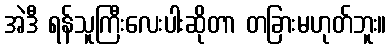
အဲဒီ ရန်သူကြီးလေးပါးဆိုတာ တခြားမဟုတ်ဘူး။